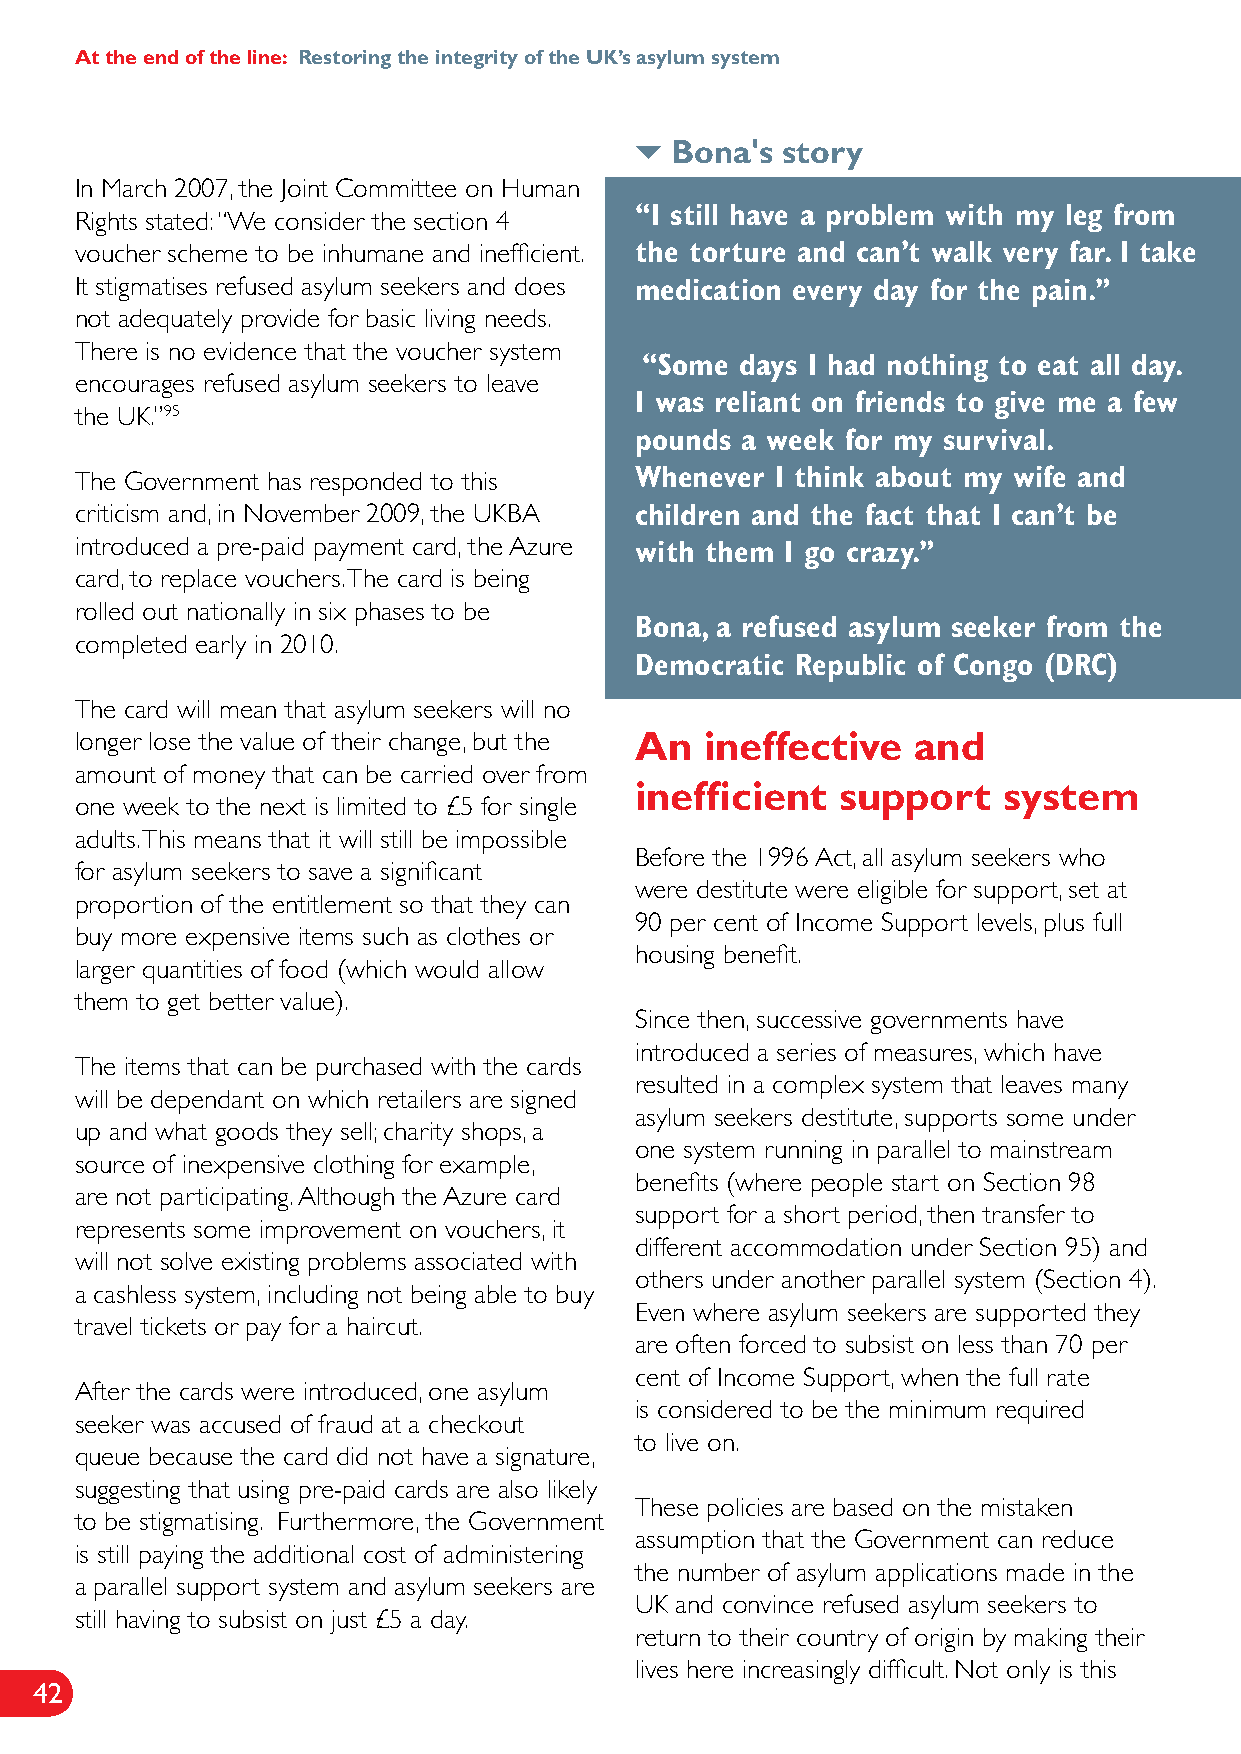
At the end of the line: Restoring the integrity of the UK’s asylum system
 
 Bona's  story
 In March 2007, the Joint Committee on Human
 “I still have a problem with my leg from
 Rights stated: “We consider the section 4
 voucher scheme to be inhumane and inefficient. the torture and can’t walk very far. I take
 It stigmatises refused asylum seekers and does medication every day for the pain.”
 not adequately provide for basic living needs.
 There is no evidence that the voucher system
 “Some days I had nothing to eat all day.
 encourages refused asylum seekers to leave
 I was reliant on friends to give me a few
 the UK.”95
 pounds a week for my survival.
 The Government has responded to this Whenever I think about my wife and
 criticism and, in November 2009, the UKBA children and the fact that I can’t be
 introduced a pre-paid payment card, the Azure with them I go crazy.”
 card, to replace vouchers. The card is being
 rolled out nationally in six phases to be
 Bona, a refused asylum seeker from the
 completed early in 2010.
 Democratic Republic of Congo (DRC)
 The card will mean that asylum seekers will no
 longer lose the value of their change, but the An ineffective and
 amount of money that can be carried over from
 inefficient   support   system
 one week to the next is limited to £5 for single
 adults. This means that it will still be impossible
 Before the 1996 Act, all asylum seekers who
 for asylum seekers to save a significant
 were destitute were eligible for support, set at
 proportion of the entitlement so that they can
 90 per cent of Income Support levels, plus full
 buy more expensive items such as clothes or
 housing benefit.
 larger quantities of food (which would allow
 them to get better value).
 Since then, successive governments have
 introduced a series of measures, which have
 The items that can be purchased with the cards
 resulted in a complex system that leaves many
 will be dependant on which retailers are signed
 asylum seekers destitute, supports some under
 up and what goods they sell; charity shops, a
 one system running in parallel to mainstream
 source of inexpensive clothing for example,
 benefits (where people start on Section 98
 are not participating. Although the Azure card
 support for a short period, then transfer to
 represents some improvement on vouchers, it
 different accommodation under Section 95) and
 will not solve existing problems associated with
 others under another parallel system (Section 4).
 a cashless system, including not being able to buy
 Even where asylum seekers are supported they
 travel tickets or pay for a haircut.
 are often forced to subsist on less than 70 per
 cent of Income Support, when the full rate
 After the cards were introduced, one asylum
 is considered to be the minimum required
 seeker was accused of fraud at a checkout
 to live on.
 queue because the card did not have a signature,
 suggesting that using pre-paid cards are also likely
 These policies are based on the mistaken
 to be stigmatising. Furthermore, the Government
 assumption that the Government can reduce
 is still paying the additional cost of administering
 the number of asylum applications made in the
 a parallel support system and asylum seekers are
 UK and convince refused asylum seekers to
 still having to subsist on just £5 a day.
 return to their country of origin by making their
 lives here increasingly difficult. Not only is this
 42